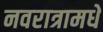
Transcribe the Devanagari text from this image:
नवरात्रामधे